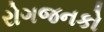
રોગજનકો